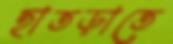
হাতড়াতে